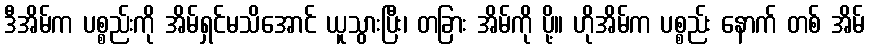
ဒီအိမ်က ပစ္စည်းကို အိမ်ရှင်မသိအောင် ယူသွားပြီး၊ တခြား အိမ်ကို ပို့။ ဟိုအိမ်က ပစ္စည်း နောက် တစ် အိမ်